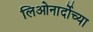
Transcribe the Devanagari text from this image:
लिओनार्दोच्या